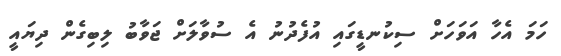
ހަމަ އެހާ އަވަހަށް ސިކުނޑީގައި އުފެދުނު އެ ސުވާލަށް ޖަވާބު ލިބިގެން ދިޔައީ